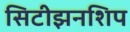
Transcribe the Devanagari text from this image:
सिटीझनशिप